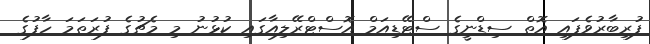
ފުރިބާރުވެފައި އޮތް ސިޑްނީގެ ސްޓޭޑިއަމް އޮސްޓްރޭލިއާގައި ކުޅުނު މި މެޗުގެ ފުރަތަމަ ހާފުގެ